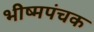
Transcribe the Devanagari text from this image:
भीष्मपंचक